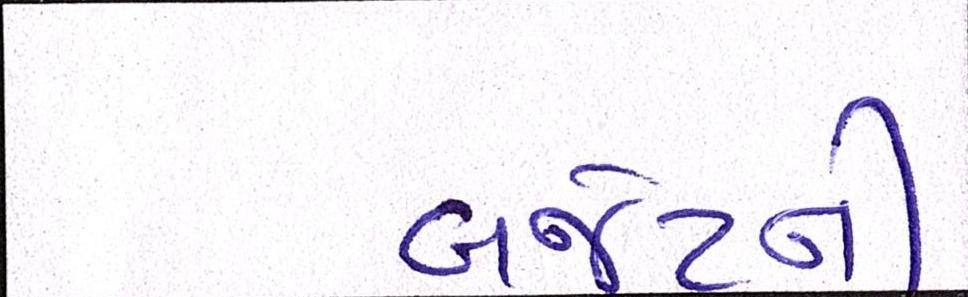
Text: બજેટની